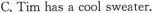
C.Tim has a cool sweater.